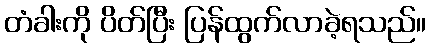
တံခါးကို ပိတ်ပြီး ပြန်ထွက်လာခဲ့ရသည်။